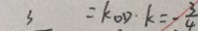
3 = k o D \cdot k = - \frac { 3 } { 4 }